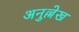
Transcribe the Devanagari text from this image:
अनुल्लेख